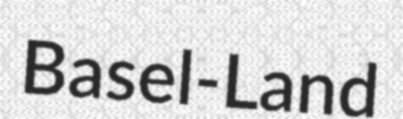
Basel-Land